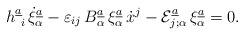
\begin{align*}h^{\underline{a}}_{\ i} \, \dot{\xi}^{\underline{a}}_{\alpha}-\varepsilon_{ij}\, B^{\underline{a}}_{\alpha}\,\xi^{\underline{a}}_{\alpha}\, \dot{x}^{j} - {\cal E}^{\underline{a}}_{j;\alpha}\,\xi^{\underline{a}}_{\alpha}= 0.\end{align*}